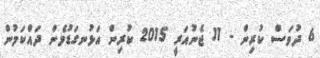
6 ދުވަސް ކުރިން - 11 ޖެނުއަރީ 2015 ކުރިން އަޅުނގަޑުމެން ދައްކަމުން